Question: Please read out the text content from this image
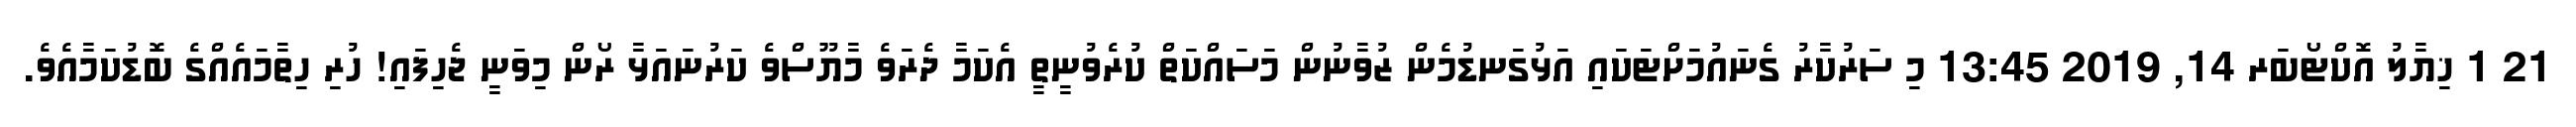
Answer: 21 1 ޚިޔާލު އޮކްޓޯބަރ 14, 2019 13:45 މި ސަރުކާރު ގެނައުމަށްޓަކައި އަޅުގަނޑުމެން ޒުވާނުން މަސައްކަތް ކުރެވުނީތީ އެކަމާ ދެރަވެ މާޔޫސްވެ ކަރުނައަޅާ ރޯން މިވަނީ ޖެހިފައި! ހުރި ހިތާމައެއްގެ ބޮޑުކަމާއެވެ.